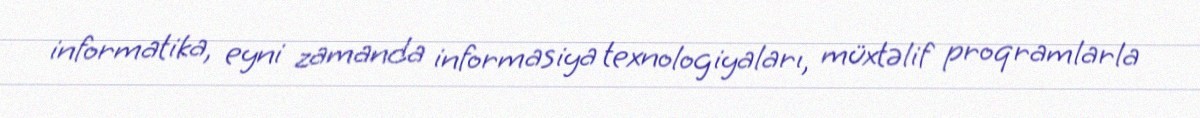
informatika, eyni zamanda informasiya texnologiyaları, müxtəlif proqramlarla